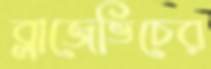
ব্লাজেভিচের